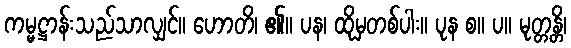
ကမ္မဋ္ဌာန်းသည်သာလျှင်။ ဟောတိ၊ ၏။ ပန၊ ထိုမှတစ်ပါး။ ပုန စ။ ပ။ မုတ္တန္တိ၊